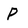
Character: P